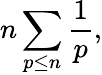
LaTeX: n\sum_{p\leq n}{\frac{1}{p}},